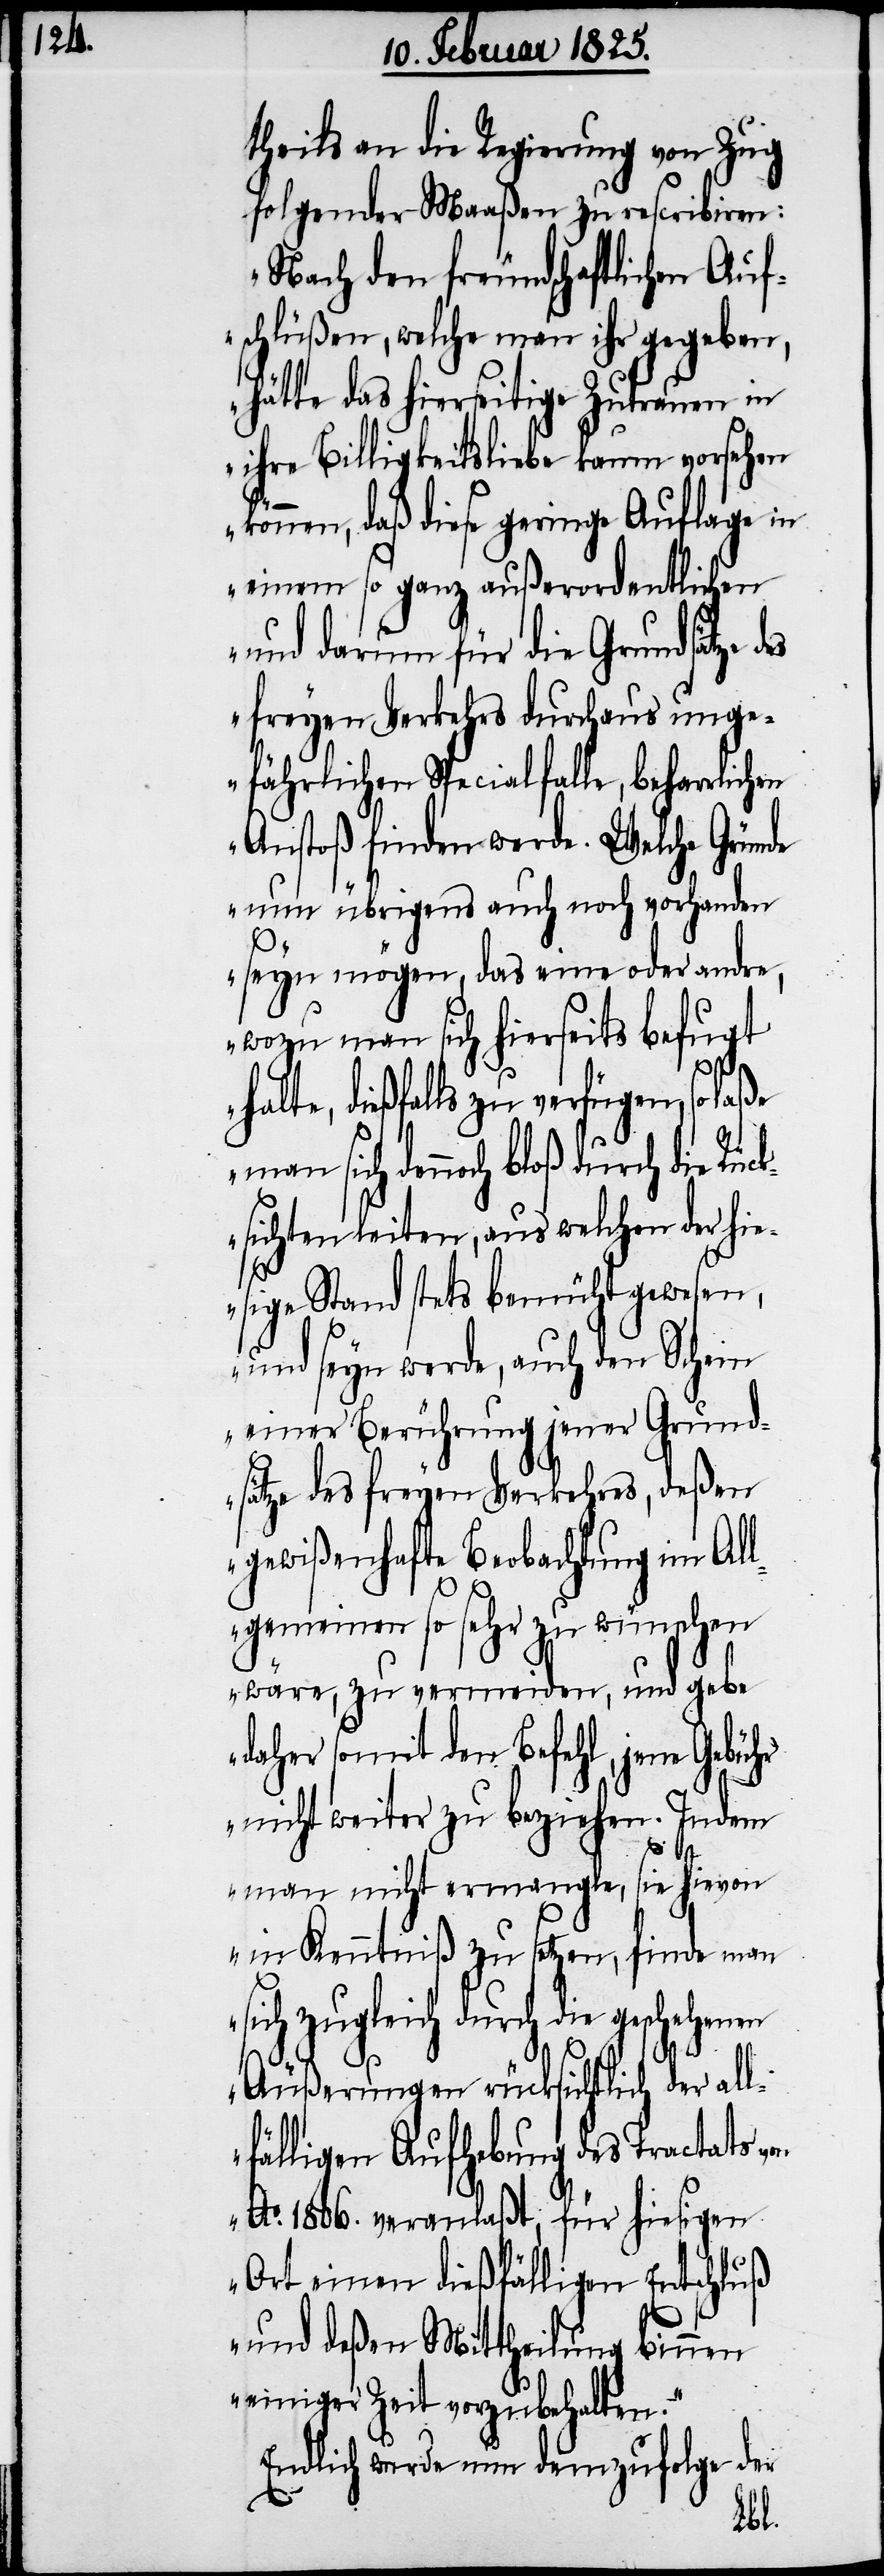
theils an die Regierung von Zug
folgender Maaßen zu rescribiren:
„Nach den freundschaftlichen Auf¬
schlüßen, welche man ihr gegeben,
hätte das hierseitige Zutrauen in
ihre Billigkeitsliebe kaum vorsehen
können, daß diese geringe Auflage in
einem so ganz außerordentlichen
und darum für die Grundsätze
freyen Verkehrs durchaus unge¬
fährlichen Specialfalle, beharrlichen
Anstoß finden werde. Welche Gründe
nun übrigens auch noch vorhanden
seyn mögen, das eine oder andre,
wozu man sich hierseits befugt
halte, dießfalls zu verfügen, so laße
dennoch bloß durch die Rüc¬
ksichten leiten, aus welchen der hie¬
sige Stand stets bemüht gewesen,
und seyn werde, auch den Schein
einer Berührung jener Grund¬
sätze des freyen Verkehres, deßen
gewißenhafte Beobachtung im Al¬
lgemeinen so sehr zu wünschen
wäre, zu vermeiden, und gebe
daher somit den Befehl, jene Gebühr
nicht weiter zu beziehen. Indem
man nicht ermangle, sie hievon
in Kenntniß zu setzen, finde man
sich zugleich durch die geschehenen
Äußerungen rücksichtlich der all¬
fälligen Aufhebung des Tractats von
Ao. 1806. veranlaßt, für hiesigen
Ort einen dießfälligen Entschluß
und deßen Mittheilung binnen
einiger Zeit vorzubehalten.“
Endlich wurde nun demzufolge der
man
sich